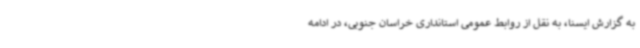
به گزارش ایسنا، به نقل از روابط عمومی استانداری خراسان جنوبی، در ادامه